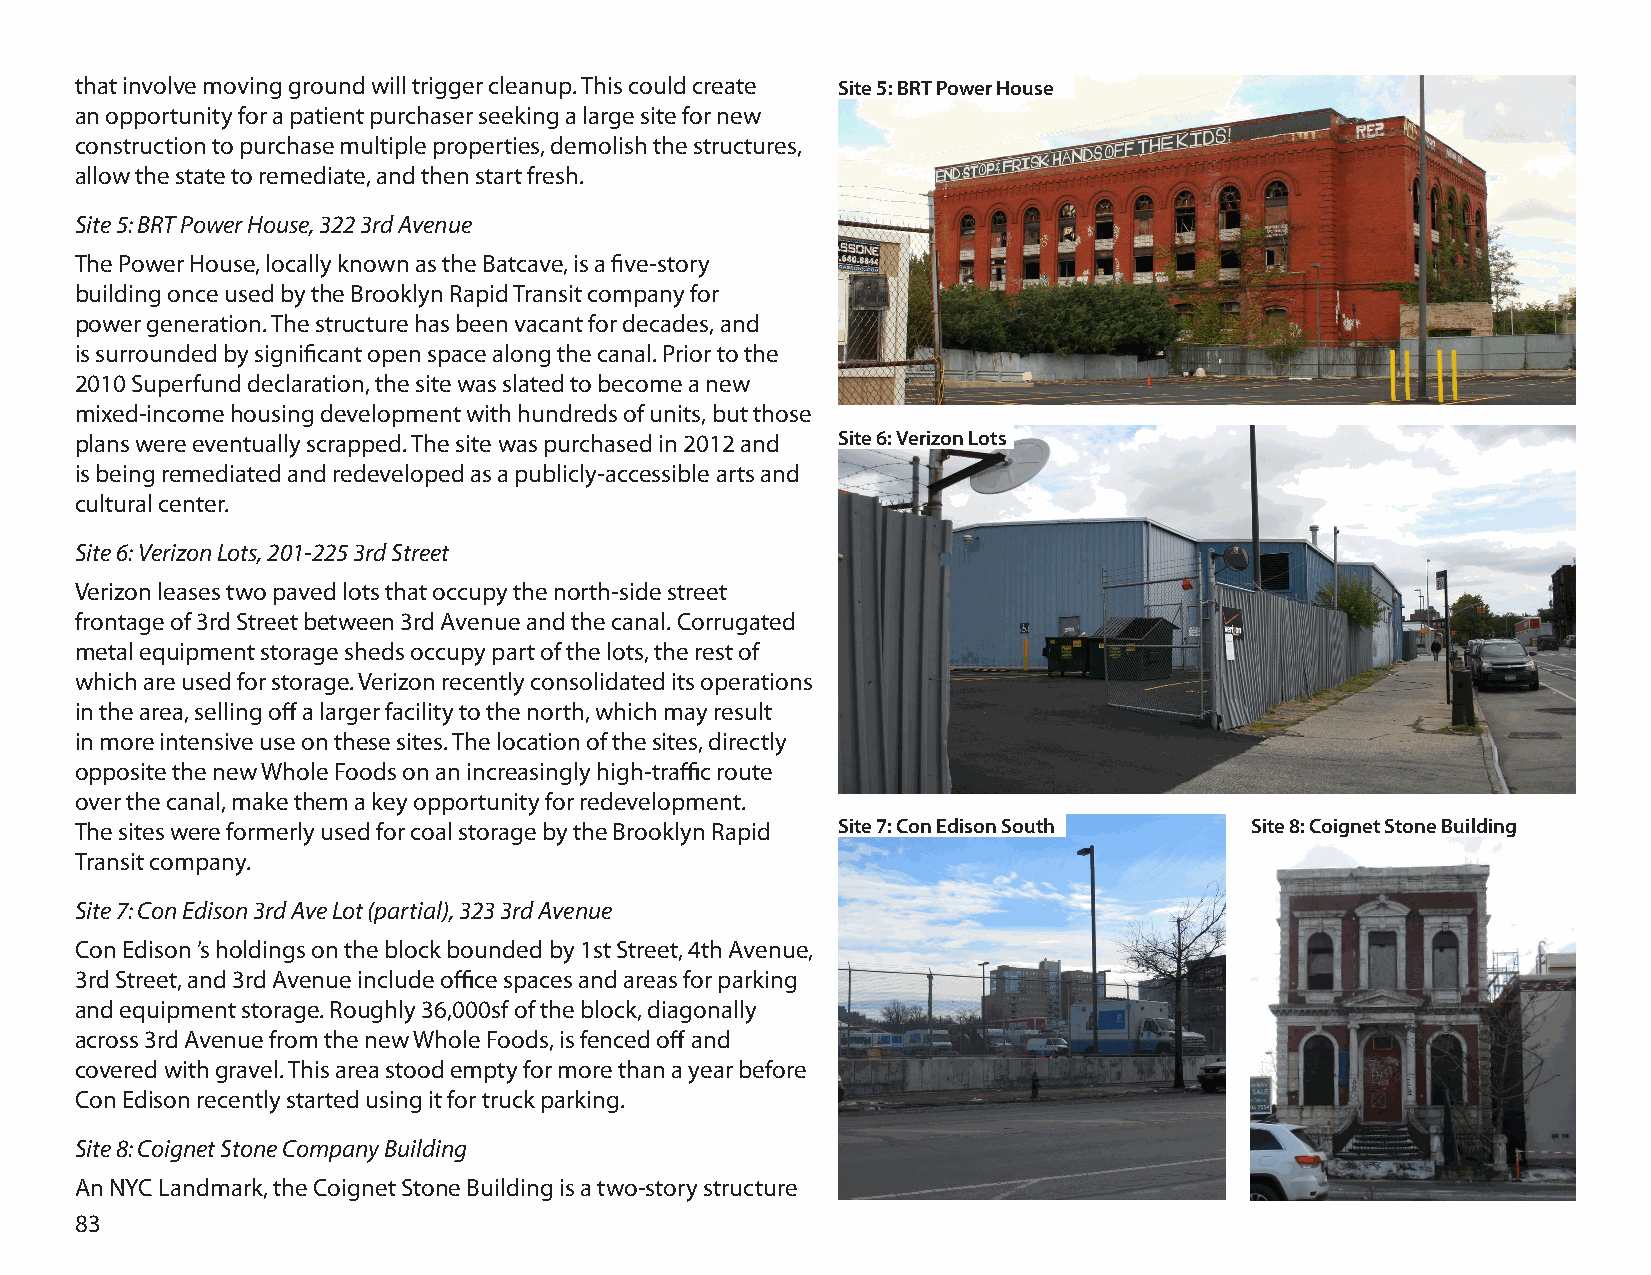
that involve moving ground will trigger cleanup. This could create Site 5: BRT Power House
 an opportunity for a patient purchaser seeking a large site for new
 construction to purchase multiple properties, demolish the structures,
 allow the state to remediate, and then start fresh.
 Site 5: BRT Power House, 322 3rd Avenue
 The Power House, locally known as the Batcave, is a five-story
 building once used by the Brooklyn Rapid Transit company for
 power generation. The structure has been vacant for decades, and
 is surrounded by significant open space along the canal. Prior to the
 2010 Superfund declaration, the site was slated to become a new
 mixed-income housing development with hundreds of units, but those
 plans were eventually scrapped. The site was purchased in 2012 and Site 6: Verizon Lots
 is being remediated and redeveloped as a publicly-accessible arts and
 cultural center.
 Site 6: Verizon Lots, 201-225 3rd Street
 Verizon leases two paved lots that occupy the north-side street
 frontage of 3rd Street between 3rd Avenue and the canal. Corrugated
 metal equipment storage sheds occupy part of the lots, the rest of
 which are used for storage. Verizon recently consolidated its operations
 in the area, selling off a larger facility to the north, which may result
 in more intensive use on these sites. The location of the sites, directly
 opposite the new Whole Foods on an increasingly high-traffic route
 over the canal, make them a key opportunity for redevelopment.
 The sites were formerly used for coal storage by the Brooklyn Rapid Site 7: Con Edison South Site 8: Coignet Stone Building
 Transit company.
 Site 7: Con Edison 3rd Ave Lot (partial), 323 3rd Avenue
 Con Edison ’s holdings on the block bounded by 1st Street, 4th Avenue,
 3rd Street, and 3rd Avenue include office spaces and areas for parking
 and equipment storage. Roughly 36,000sf of the block, diagonally
 across 3rd Avenue from the new Whole Foods, is fenced off and
 covered with gravel. This area stood empty for more than a year before
 Con Edison recently started using it for truck parking.
 Site 8: Coignet Stone Company Building
 An NYC Landmark, the Coignet Stone Building is a two-story structure
 83